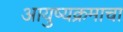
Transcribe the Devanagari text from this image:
आयुष्यक्रमाचा